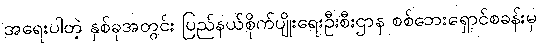
အရေးပါတဲ့ နှစ်ခုအတွင်း ပြည်နယ်စိုက်ပျိုးရေးဦးစီးဌာန စစ်ဘေးရှောင်စခန်းမှ